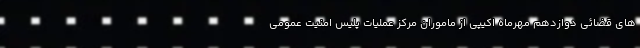
های قضائی دوازدهم مهرماه اکیپی از ماموران مرکز عملیات پلیس امنیت عمومی